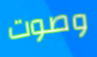
وصوت